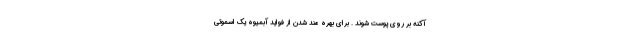
آکنه بر روی پوست شوند . برای بهره مند شدن از فواید آبمیوه یک اسموتی